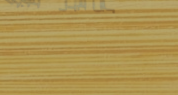
توصيل طلباتكم في جميع أنح